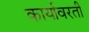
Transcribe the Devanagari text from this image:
कार्यावरती